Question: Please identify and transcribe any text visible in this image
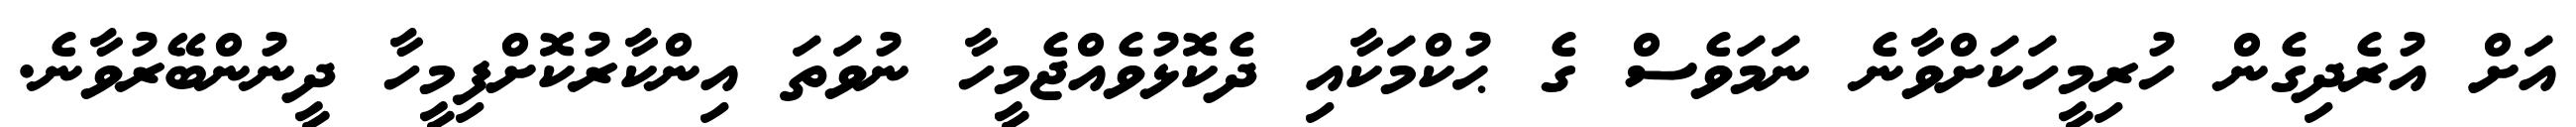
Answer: އަށް އުރެދިގެން ހުރިމީހަކަށްވާނެ ނަމަވެސް ގެ ޙުކްމަކާއި ދެކޮޅުވެއްޖެމީހާ ނުވަތަ އިންކާރުކޮށްފިމީހާ ދީނުންބޭރުވާނެ.